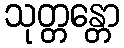
သုတ္တန္တော